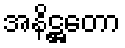
အနိဋ္ဌတော